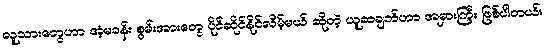
လူသားတွေဟာ အံ့မခန်း စွမ်းအားတွေ ပိုင်ဆိုင်နိုင်လိမ့်မယ် ဆိုတဲ့ ယူဆချက်ဟာ အမှားကြီး ဖြစ်ပါတယ်။